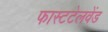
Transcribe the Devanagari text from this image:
फास्टटेलवेंड